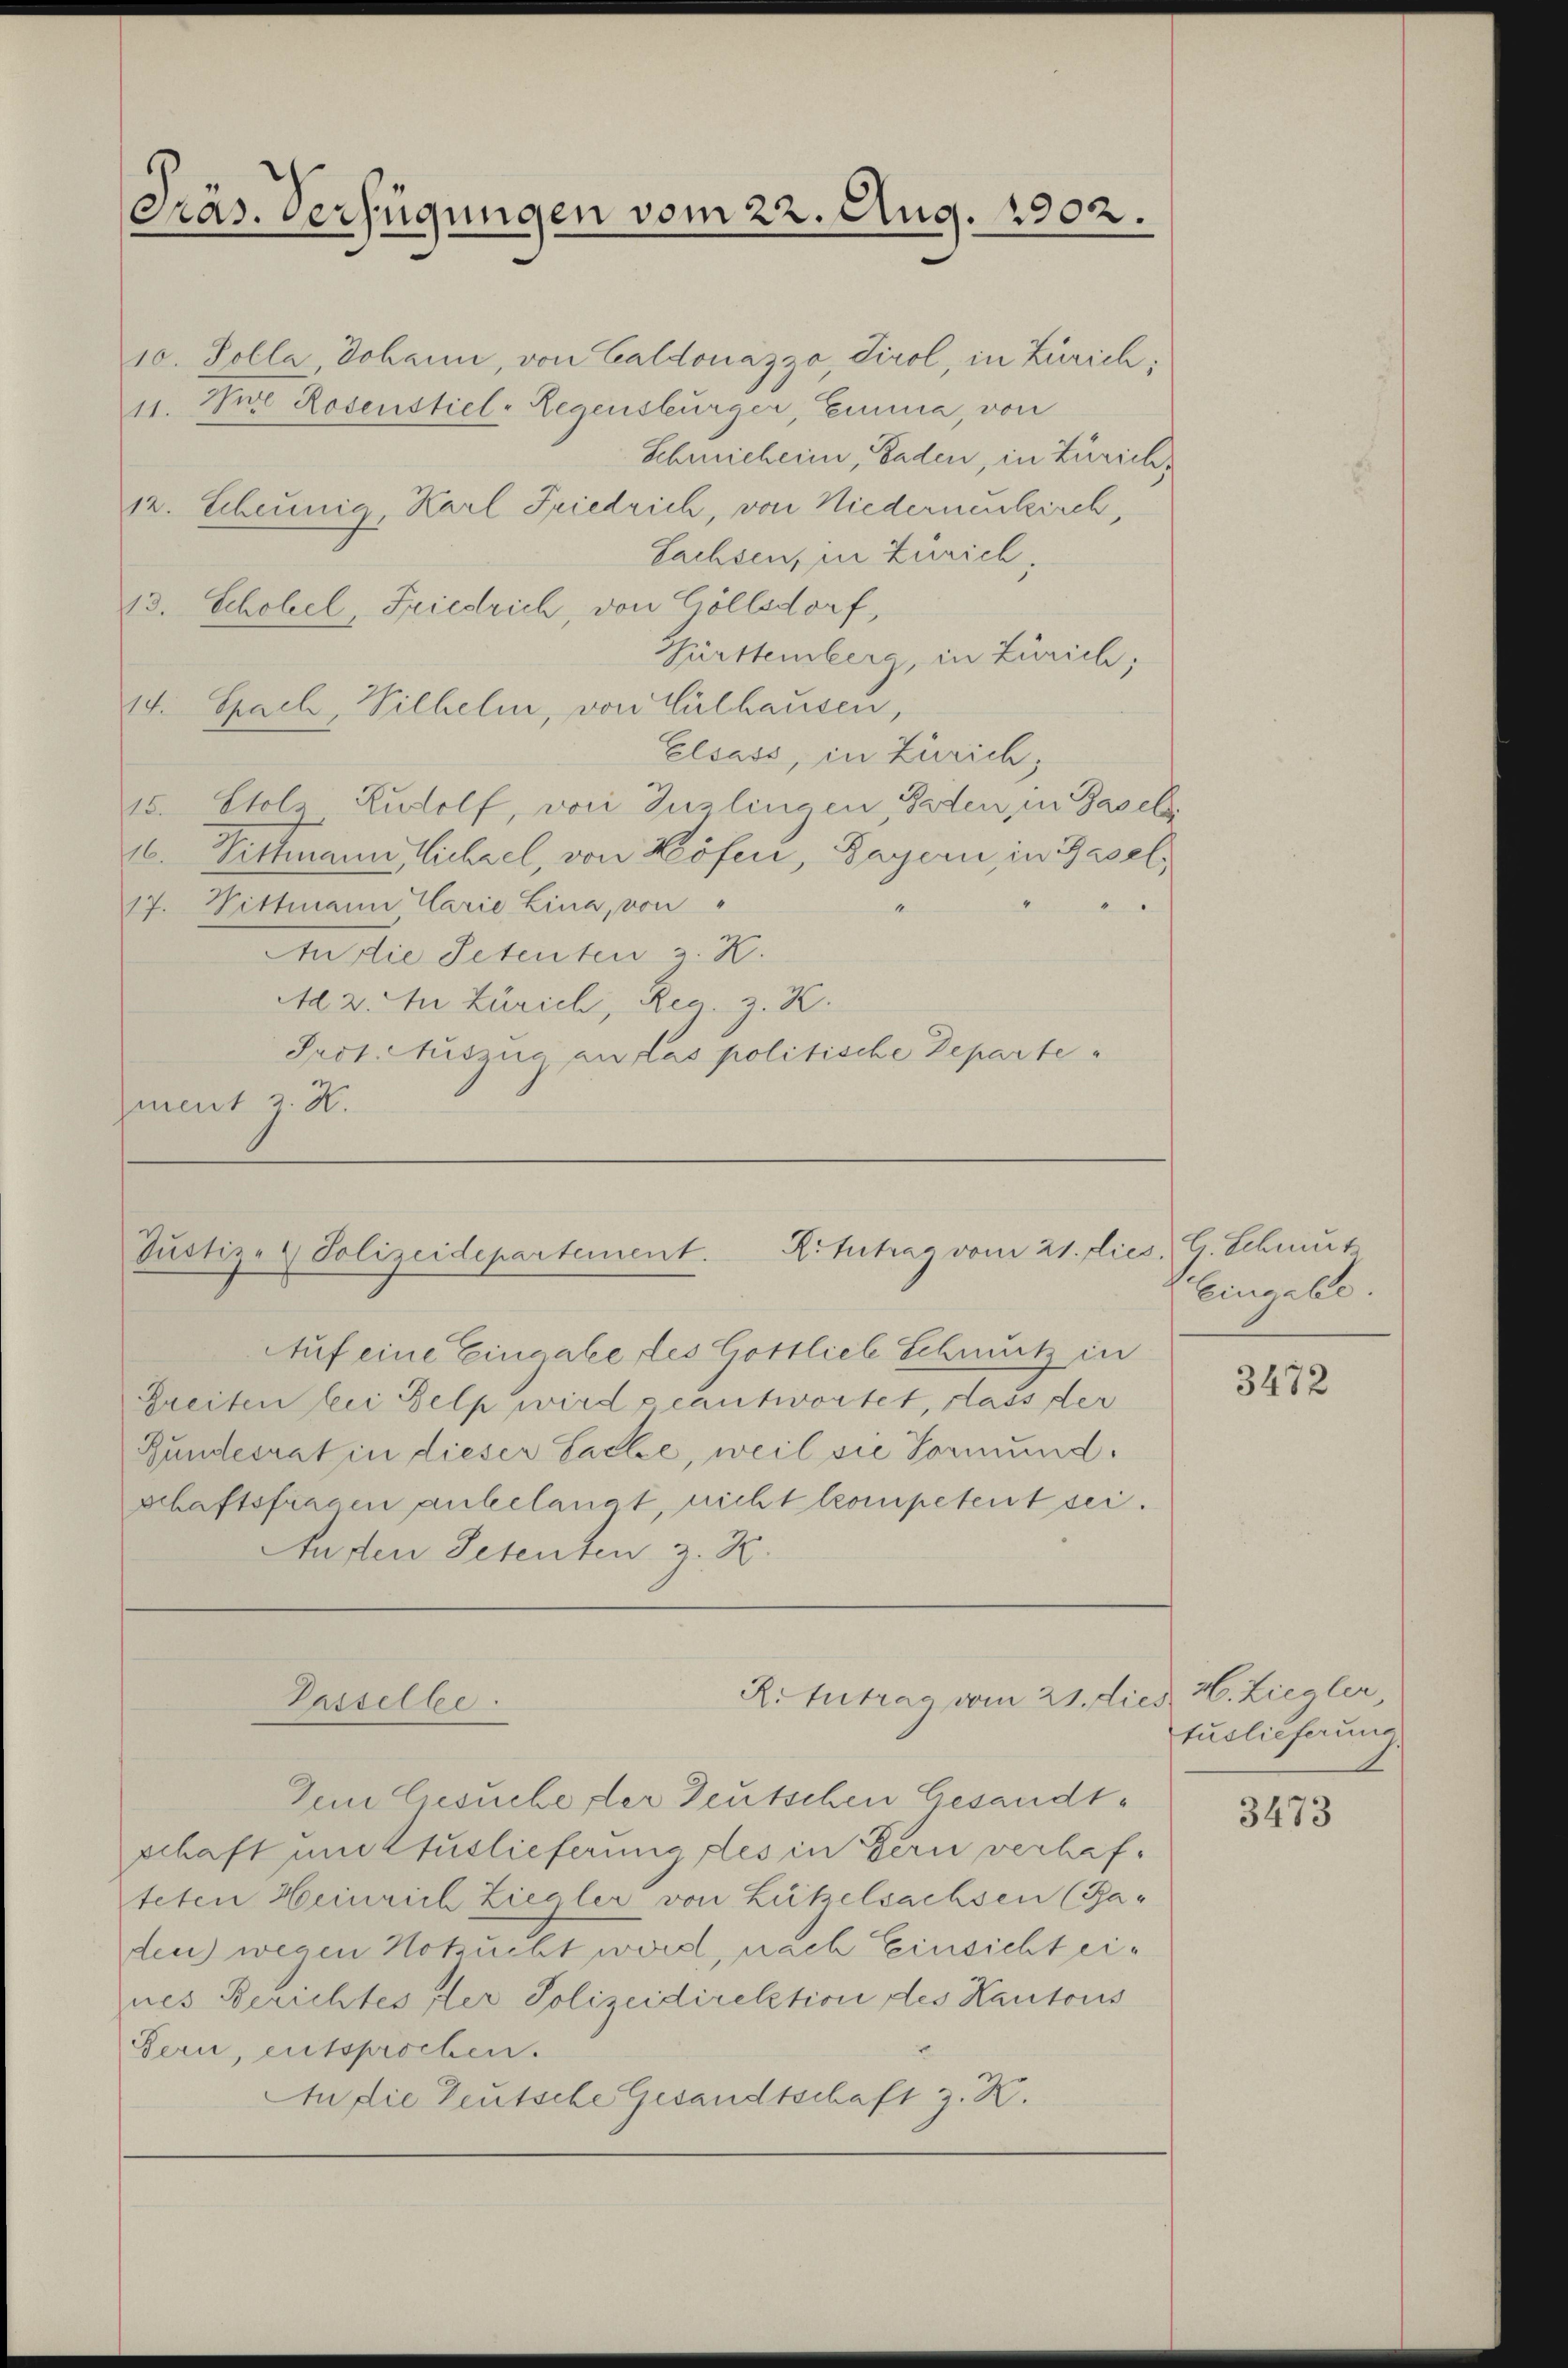
Präs. Verfügungen vom 22. Aug. 1902.

17. Wittmann Carie Lina, von "
An die Petenten z. B.
Ad 2. An Zürich, Reg. z. K.
Prot. Auszug au las politische Departe
zment z. K.

10. Polla, Johann, von Caldonazzo, Tirol, in Zürich;
11. Jure Rosenstiel- Regensburger, Emma, von
Schricherin, Baden, in Zürich,
12. Scheunia Karl Friedrich, von Niederneukirch,
Sachsen, in Zürich,
13. Schobel, Friedrich, von Göllsdorf,
Fürttemberg, in Zürich;
14. Sprach, Wilhelm, von Vulhausen,
Elsass, in Zürich
15. Stols Rudolf, von Inslingen Paten, in Basel
16. Dittmann, Michael, von Köfen, Bayern, in Basel,

Auf eine Eingabe des Gottlich Schmutz in
Greiten bei Belp wird geantwortet, dass der
Bundesrat in dieser Sache, weil sie Vormund.
schaftsfragen anbelangt, nicht kompetent sei.
Anden Petenten z. Z.

Sŭstiz- & Polizeidepartement. Rittrag vom 21. dies. G. Schmut

R.Intrag vom 21. dies H. Ziegler
Passelbe

Dem Gesuche der Deutschen Gesandtschaft um Auslieferung des in Bern verhafteten Heinrich Ziegler von Lützelsachsen (Ba-
ten) wegen Hotzuchtet word, nach Einsicht eines Berichtes der Polizeidirektion des Kantons
Sern, entsprochen.
An die Teutsche Gesandtschaft z. K.

Eingabe.

3472

tuslieferung.

3473